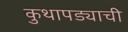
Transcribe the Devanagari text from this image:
कुथापड्याची